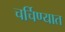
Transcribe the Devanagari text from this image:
चर्चिण्यात